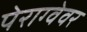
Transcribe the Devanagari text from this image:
पेराग्वेवर